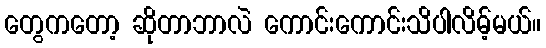
တွေကတော့ ဆိုတာဘာလဲ ကောင်းကောင်းသိပါလိမ့်မယ်။